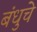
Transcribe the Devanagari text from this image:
बंधुचे